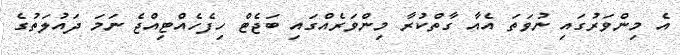
އެ މިންވަރުގައި ނުވަތަ އެއާ ގާތްކުރާ މިންވަރެއްގައި ބަޖެޓް ހިފެހެއްޓިއްޖެ ނަމަ ދައުލަތުގެ